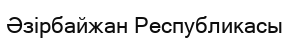
Әзірбайжан Республикасы